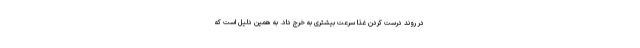
در روند درست کردن غذا سرعت بیشتری به خرج داد. به همین دلیل است که